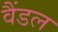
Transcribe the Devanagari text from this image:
वैंडल